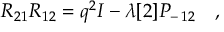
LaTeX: R _ { 2 1 } R _ { 1 2 } = q ^ { 2 } I - \lambda [ 2 ] P _ { - \, 1 2 } \quad ,